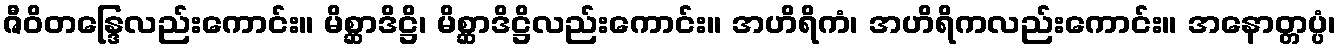
ဇီဝိတန္ဒြေလည်းကောင်း။ မိစ္ဆာဒိဋ္ဌိ၊ မိစ္ဆာဒိဋ္ဌိလည်းကောင်း။ အဟိရိကံ၊ အဟိရိကလည်းကောင်း။ အနောတ္တပ္ပံ၊